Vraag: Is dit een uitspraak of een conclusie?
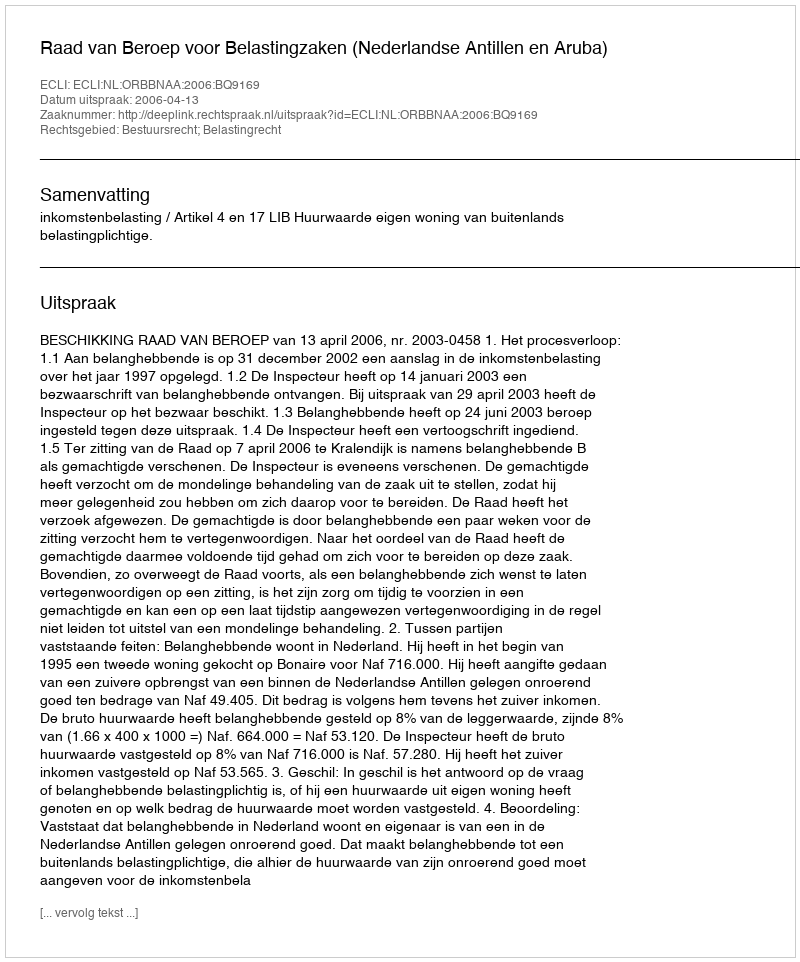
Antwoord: Uitspraak